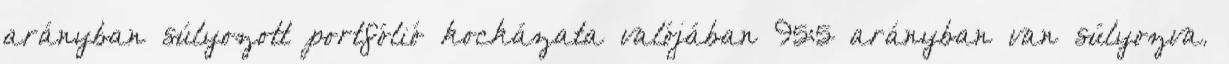
arányban súlyozott portfólió kockázata valójában 95:5 arányban van súlyozva.